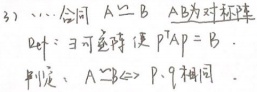
3) 若矩阵 \(A\) 与 \(B\) 合同，即 \(A\simeq B\)，且 \(AB\) 为对称阵。证明：\(\exists\) 可逆阵 \(P\) 使 \(P^{\text{T}}AP = B\)。性质：\(A\simeq B\Leftrightarrow\) \(A\) 与 \(B\) 的秩相同。